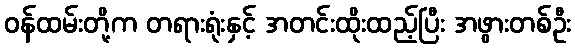
ဝန်ထမ်းတို့က တရားရုံးနှင့် အတင်းထိုးထည့်ပြီး အဖွားတစ်ဦး